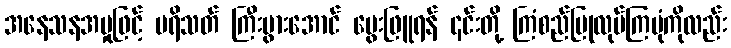
အနေသနအမှုဖြင့် ပရိသတ် ကြီးပွားအောင် မွေးဖြူရန် ၎င်းတို့ ကြံစည်ပြုလုပ်ကြပုံကိုလည်း